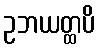
ဥဘယတ္ထပိ